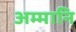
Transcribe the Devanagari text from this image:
अम्मानि